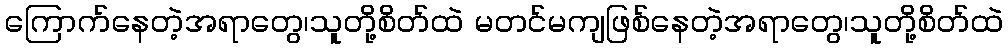
ကြောက်နေတဲ့အရာတွေ၊သူတို့စိတ်ထဲ မတင်မကျဖြစ်နေတဲ့အရာတွေ၊သူတို့စိတ်ထဲ